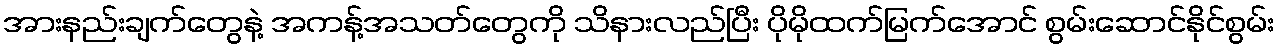
အားနည်းချက်တွေနဲ့ အကန့်အသတ်တွေကို သိနားလည်ပြီး ပိုမိုထက်မြက်အောင် စွမ်းဆောင်နိုင်စွမ်း